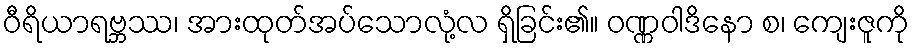
ဝီရိယာရဗ္ဘဿ၊ အားထုတ်အပ်သောလုံ့လ ရှိခြင်း၏။ ဝဏ္ဏဝါဒိနော စ၊ ကျေးဇူကို